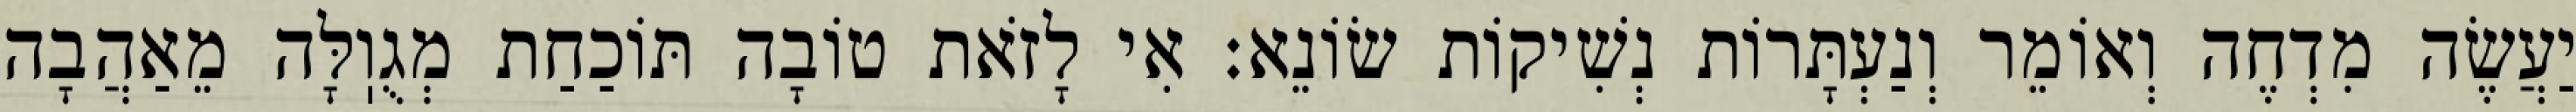
יַעֲשֶׂה מִדְחֶה וְאוֹמֵר וְנַעְתָּרוֹת נְשִׁיקוֹת שׂוֹנֵא: אִי לָזֹאת טוֹבָה תּוֹכַחַת מְגֻוֽלָּה מֵאַהֲבָה